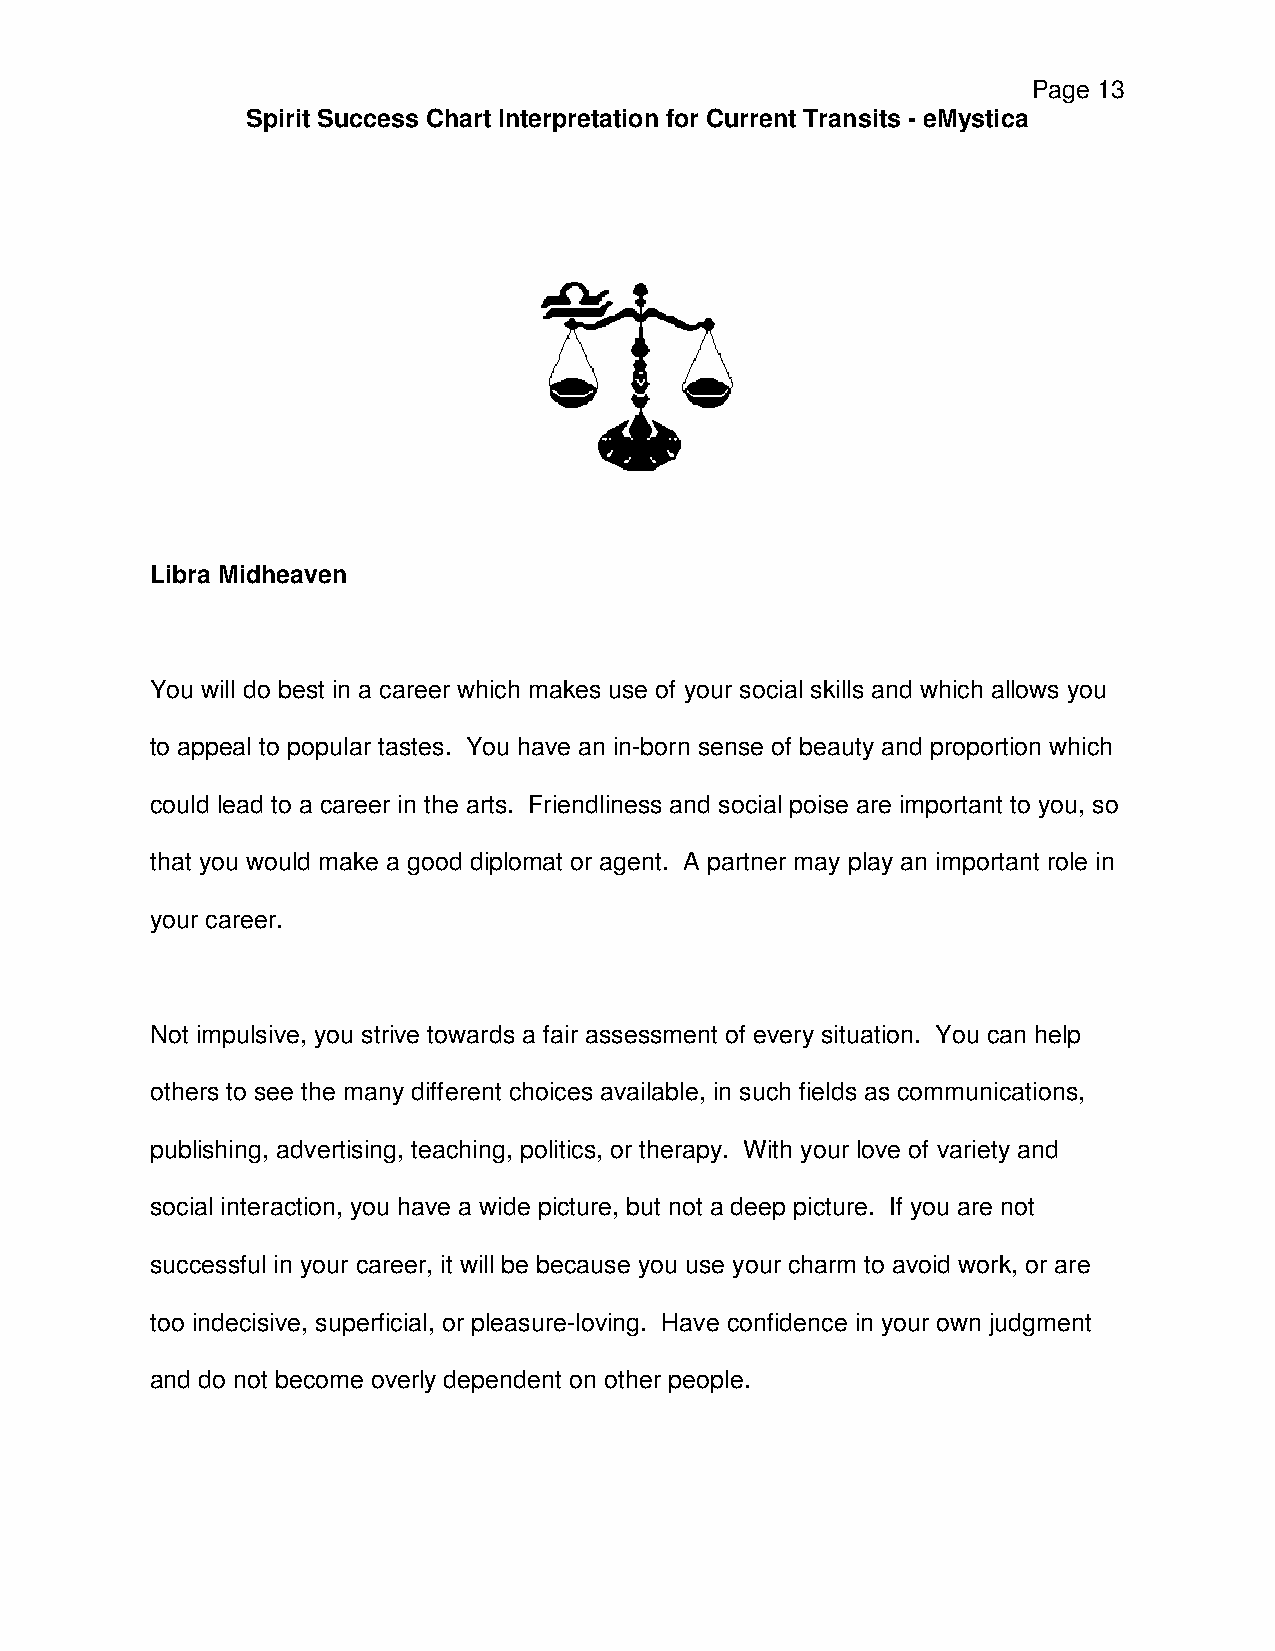
Page 13
 Spirit Success Chart Interpretation for Current Transits - eMystica
 Libra Midheaven
 You will do best in a career which makes use of your social skills and which allows you
 to appeal to popular tastes. You have an in-born sense of beauty and proportion which
 could lead to a career in the arts. Friendliness and social poise are important to you, so
 that you would make a good diplomat or agent. A partner may play an important role in
 your career.
 Not impulsive, you strive towards a fair assessment of every situation. You can help
 others to see the many different choices available, in such fields as communications,
 publishing, advertising, teaching, politics, or therapy. With your love of variety and
 social interaction, you have a wide picture, but not a deep picture. If you are not
 successful in your career, it will be because you use your charm to avoid work, or are
 too indecisive, superficial, or pleasure-loving. Have confidence in your own judgment
 and do not become overly dependent on other people.